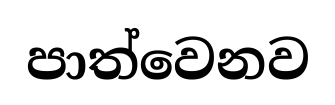
පාත්වෙනව